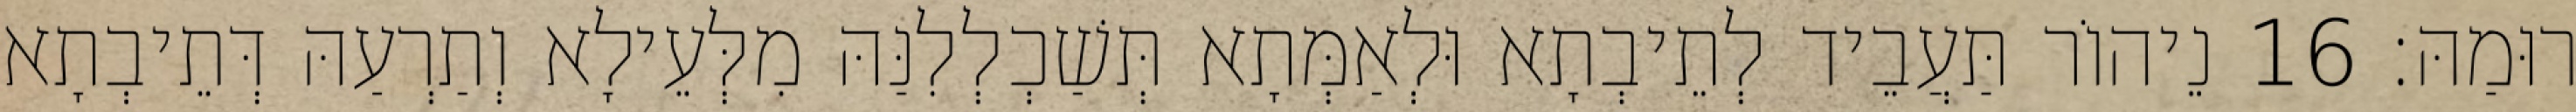
רוּמַהּ׃ 16 נֵיהוֹר תַּעֲבֵיד לְתֵיבְתָא וּלְאַמְּתָא תְּשַׁכְלְלִנַּהּ מִלְּעֵילָא וְתַרְעַהּ דְּתֵיבְתָא